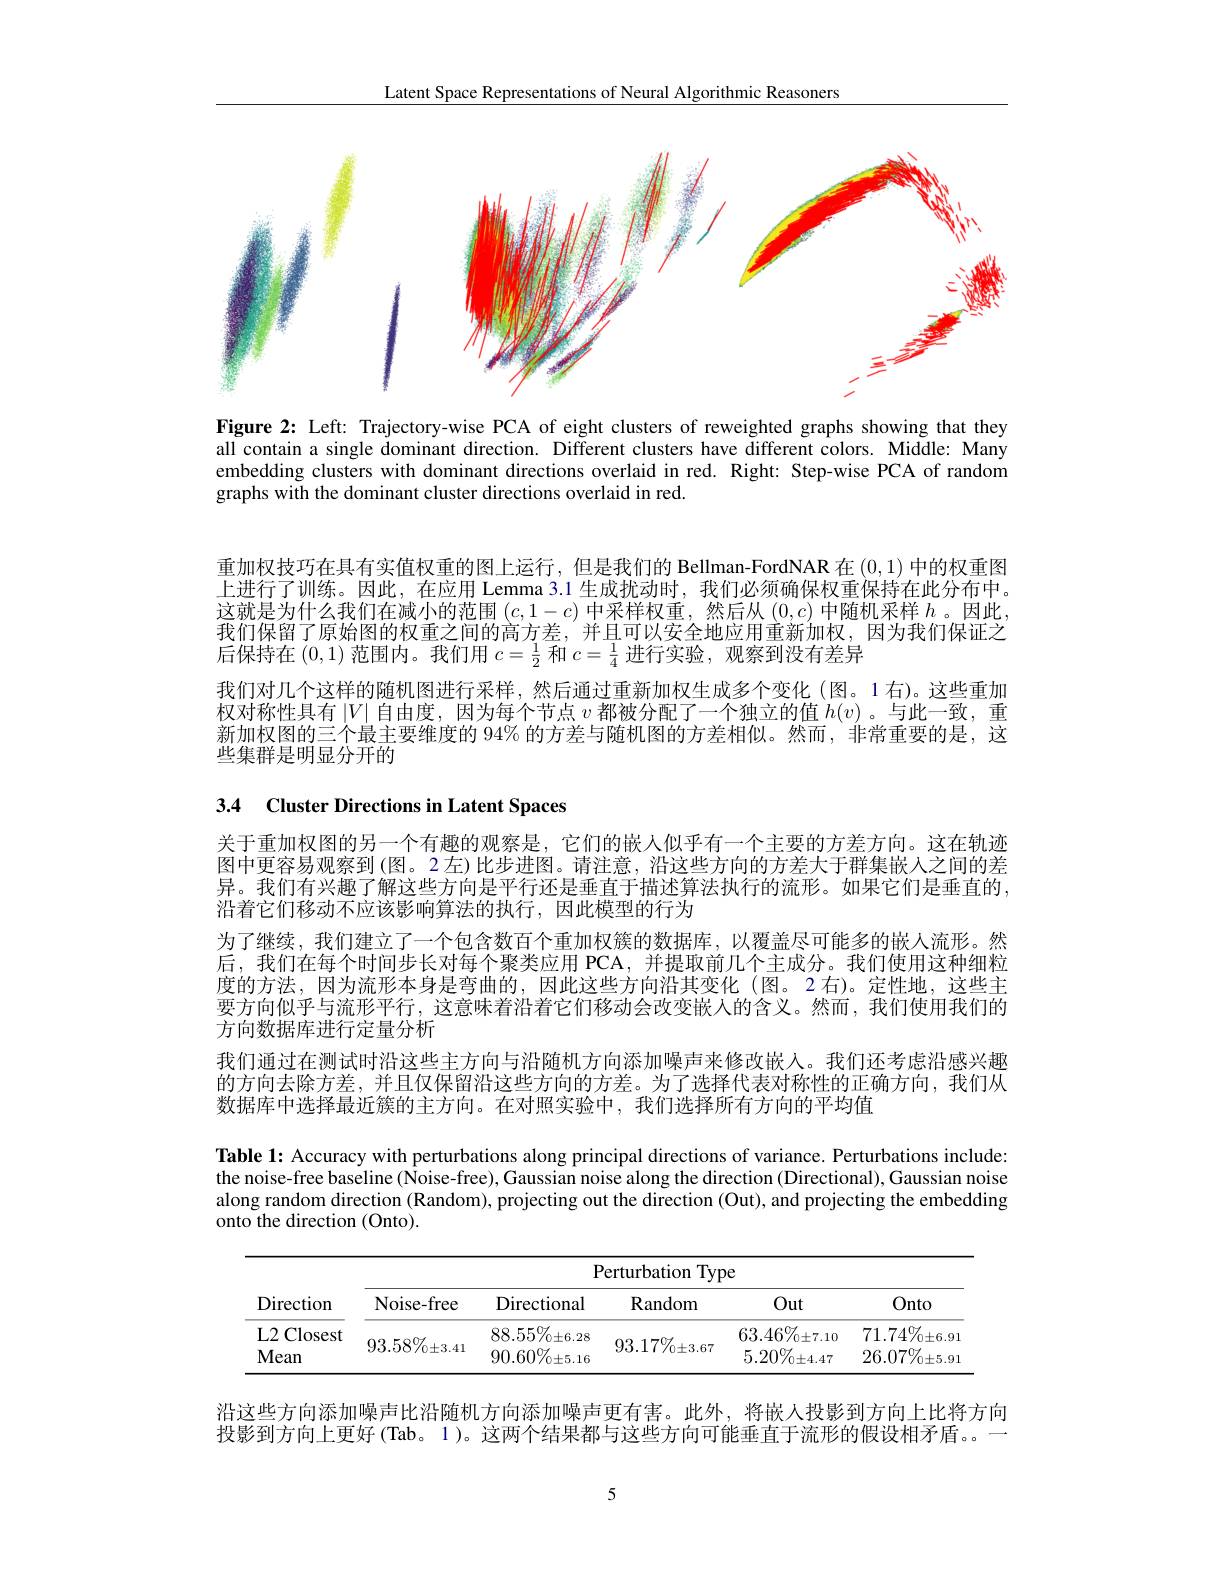
Latent Space Representations of Neural Algorithmic Reasoners

<FigureHere>

Figure 2: Left: Trajectory-wise PCA of eight clusters of reweighted graphs showing that they all contain a single dominant direction. Different clusters have different colors. Middle: Many embedding clusters with dominant directions overlaid in red. Right: Step-wise PCA of random graphs with the dominant cluster directions overlaid in red.

重加权技巧在具有实值权重的图上运行，但是我们的 Bellman-FordNAR 在(0,1)中的权重图上进行了训练。因此，在应用 Lemma 3.1 生成扰动时，我们必须确保权重保持在此分布中。这就是为什么我们在减小的范围$(c,1-c)$中采样权重，然后从$(0,c)$中随机采样$h$。因此， 我们保留了原始图的权重之间的高方差，并且可以安全地应用重新加权，因为我们保证之后保持在(0,1)范围内。我们用$c=\frac{1}{2}$和$c=\frac{1}{4}$进行实验，观察到没有差异
我们对几个这样的随机图进行采样，然后通过重新加权生成多个变化(图。1右)。这些重加权对称性具有$\left|V\right|$自由度，因为每个节点 $v$ 都被分配了一个独立的值 $h(v)$ 。与此一致，重新加权图的三个最主要维度的 94% 的方差与随机图的方差相似。然而，非常重要的是，这些集群是明显分开的

3.4 Cluster Directions in Latent Spaces

关于重加权图的另一个有趣的观察是，它们的嵌人似乎有一个主要的方差方向。这在轨迹图中更容易观察到(图。2左)比步进图。请注意，沿这些方向的方差大于群集嵌人之间的差异。我们有兴趣了解这些方向是平行还是垂直于描述算法执行的流形。如果它们是垂直的， 沿着它们移动不应该影响算法的执行，因此模型的行为
为了继续，我们建立了一个包含数百个重加权簇的数据库，以覆盖尽可能多的嵌人流形。然后，我们在每个时间步长对每个聚类应用 PCA, 并提取前几个主成分。我们使用这种细粒度的方法，因为流形本身是弯曲的，因此这些方向沿其变化(图。2右)。定性地，这些主要方向似乎与流形平行，这意味着沿着它们移动会改变嵌人的含义。然而，我们使用我们的方向数据库进行定量分析
我们通过在测试时沿这些主方向与沿随机方向添加噪声来修改嵌人。我们还考虑沿感兴趣的方向去除方差，并且仅保留沿这些方向的方差。为了选择代表对称性的正确方向，我们从数据库中选择最近簇的主方向。在对照实验中，我们选择所有方向的平均值

Table 1: Accuracy with perturbations along principal directions of variance. Perturbations include: the noise-free baseline (Noise-free), Gaussian noise along the direction (Directional), Gaussian noise along random direction (Random), projecting out the direction (Out), and projecting the embedding onto the direction (Onto).

<table>
	<tbody>
		<tr>
			<th rowspan="2">Direction</th>
			<th colspan="5">Perturbation Type</th>
		</tr>
		<tr>
			<th>Noise-free</th>
			<th>Directional</th>
			<th>Random</th>
			<th>Out</th>
			<th>Onto</th>
		</tr>
		<tr>
			<td>L2 Closest Mean</td>
			<td>$93.58\%_{0\pm3.41}$</td>
			<td>$88.55\%_{0\pm6.28}$ $90.60\%_{0\pm5.16}$</td>
			<td>$93.17\%_{0\pm3.67}$</td>
			<td>$63.46\%_{0\pm7.10}$ $5.20\%_{0\pm4.47}$</td>
			<td>$71.74\%_{0\pm6.91}$ $26.07\%_{0\pm5.91}$</td>
		</tr>
	</tbody>
</table>

沿这些方向添加噪声比沿随机方向添加噪声更有害。此外，将嵌人投影到方向上比将方向投影到方向上更好 (Tab。1)。这两个结果都与这些方向可能垂直于流形的假设相矛盾。一

5